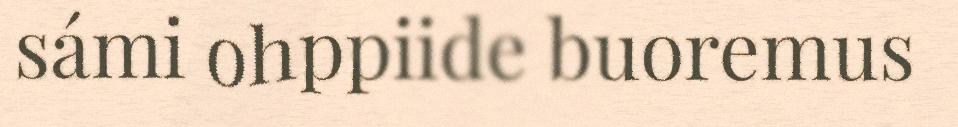
sámi ohppiide buoremus